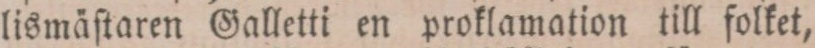
lismäſtaren Galletti en proklamation till folket,